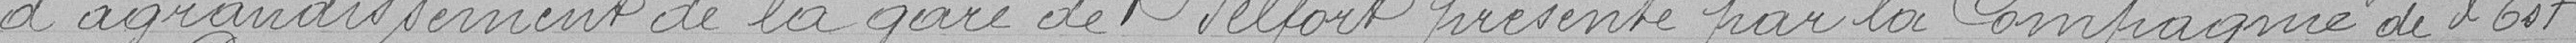
d'agrandissement de la gare de Belfort présenté par la Compagnie de l'Est .